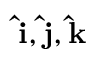
\mathbf { \hat { i } } , \mathbf { \hat { j } } , \mathbf { \hat { k } }